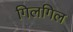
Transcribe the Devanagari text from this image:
गिलगिल